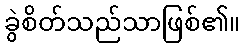
ခွဲစိတ်သည်သာဖြစ်၏။